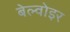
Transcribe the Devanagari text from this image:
बेल्वोइर